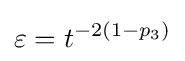
\varepsilon =t^{-2(1-p_{3})}